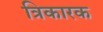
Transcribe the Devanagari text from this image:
त्रिकारक